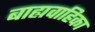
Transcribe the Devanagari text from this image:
बाह्यवाहिका